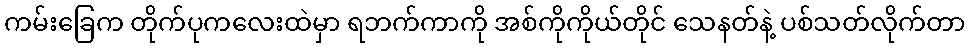
ကမ်းခြေက တိုက်ပုကလေးထဲမှာ ရဘက်ကာကို အစ်ကိုကိုယ်တိုင် သေနတ်နဲ့ ပစ်သတ်လိုက်တာ